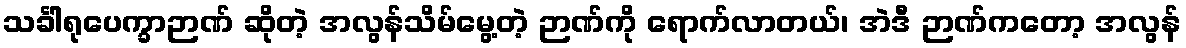
သင်္ခါရုပေက္ခာဉာဏ် ဆိုတဲ့ အလွန်သိမ်မွေ့တဲ့ ဉာဏ်ကို ရောက်လာတယ်၊ အဲဒီ ဉာဏ်ကတော့ အလွန်